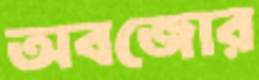
অবজোর